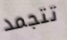
تتجمد